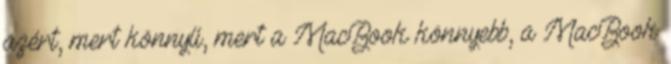
azért, mert könnyű, mert a MacBook könnyebb, a MacBook